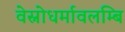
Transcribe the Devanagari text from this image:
वेस्नोधर्मावलम्बि